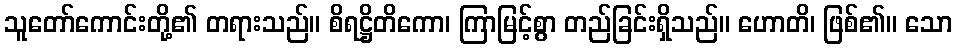
သူတော်ကောင်းတို့၏ တရားသည်။ စိရဋ္ဌိတိကော၊ ကြာမြင့်စွာ တည်ခြင်းရှိသည်။ ဟောတိ၊ ဖြစ်၏။ သော